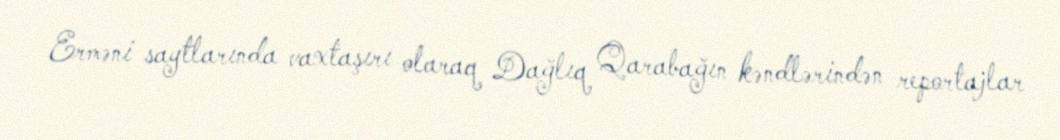
Erməni saytlarında vaxtaşırı olaraq Dağlıq Qarabağın kəndlərindən reportajlar